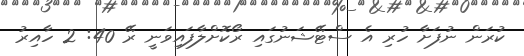
ކުރަން ނުފަށާ ހުރި އެ ސްޓޭޝަނުގައި ރޯކޮށްލާފައިވަނީ ރޭ 40: 2 ހާއިރު